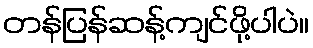
တန်ပြန်ဆန့်ကျင်ဖို့ပါပဲ။